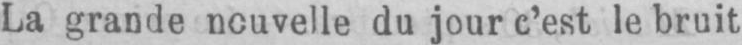
du jour c’est le bruit